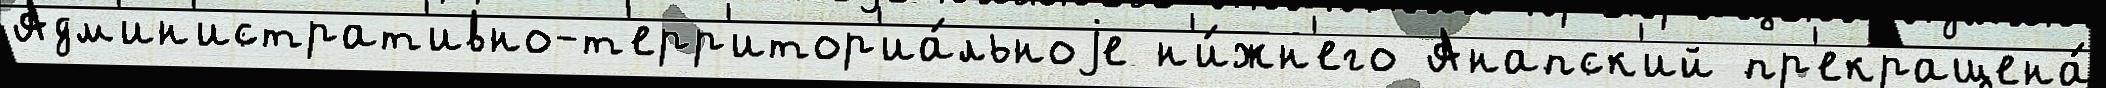
Адм'ин'истрат'ивно-т'ерр'итор'иа́льноjе н'и́жн'его Анапск'ий пр'екращена́